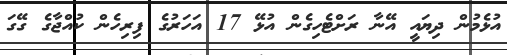
އުޅެމުން ދިޔައީ އޭނާ ރަށްޓެހިގެން އުޅޭ 17 އަހަރުގެ ފިރިހެން ކުއްޖާގެ ގޭގަ